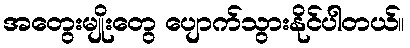
အတွေးမျိုးတွေ ပျောက်သွားနိုင်ပါတယ်။